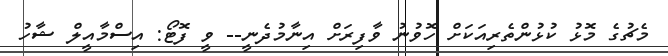
މެޗުގެ މޮޅު ކުޅުންތެރިއަކަށް ހޮވުނު ވާފިރަށް އިނާމުދެނީ-- ވީ ފޮޓޯ: އިސްމާއީލް ޝާހު